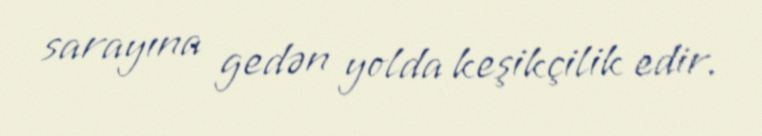
sarayına gedən yolda keşikçilik edir.